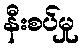
နီးစပ်မှု